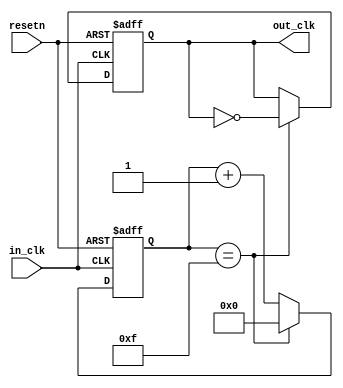
`ifndef rate_divider_16_v
`define rate_divider_16_v

// to create the 48kHz clock that we need for the audio
module rate_divider_16(
        input in_clk,
        input resetn,
        output reg out_clk
    );
    
    reg [3:0] count = 4'b0;
    
    always @(posedge in_clk, negedge resetn)
    begin
        if (resetn == 1'b0)
        begin
            count <= 4'b0;
            out_clk <= 1'b0;
        end
        else if (count == 4'd15)
        begin
            count <= 4'b0;
            out_clk <= ~out_clk;
        end
        else
        begin
            count <= count + 1;
        end
    end
    
endmodule


`endif